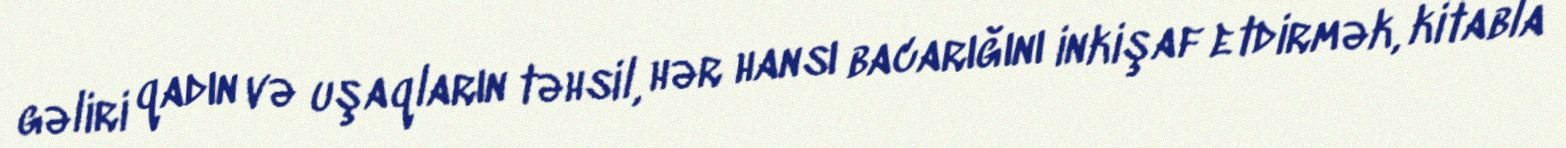
gəliri qadın və uşaqların təhsil, hər hansı bacarığını inkişaf etdirmək, kitabla